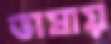
ভাষায়